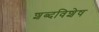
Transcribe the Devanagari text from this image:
शब्दविशेष